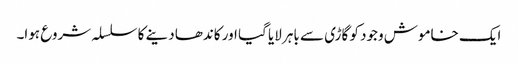
ایک خاموش وجود کو گاڑی سے باہر لایا گیا اور کاندھا دینے کا سلسلہ شروع ہوا۔